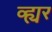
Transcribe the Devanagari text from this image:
व्ह्यर